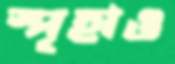
স্পৃহাও